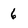
Character: 6